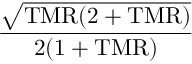
\mathrm { \frac { \sqrt { T M R ( 2 + T M R ) } } { 2 ( 1 + T M R ) } }